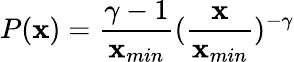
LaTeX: P(\mathbf{x})=\frac{{\gamma-1}}{{\mathbf{x}_{min}}}(\frac{{\mathbf{x}}}{{\mathbf{x}_{min}}})^{-\gamma}